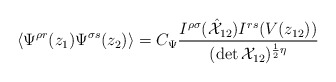
\begin{align*}\displaystyle{\langle \Psi^{\rho r}(z_{1})\Psi^{\sigma s}(z_{2})\rangle = C_{\Psi}\frac{I^{\rho\sigma}(\hat{{\cal X}}_{12})I^{rs}(V(z_{12}))}{(\det {\cal X}_{12})^{\frac{1}{2}\eta}}}\end{align*}